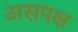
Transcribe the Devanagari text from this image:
असपक्ष